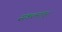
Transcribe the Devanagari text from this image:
संकलनातून